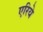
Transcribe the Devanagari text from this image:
एरिये